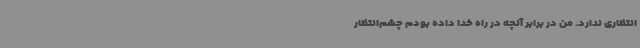
‌انتظاری ندارد. من در برابر آنچه در راه خدا داده بودم چشم‌انتظار